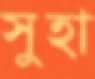
সুহা